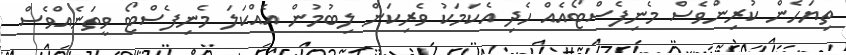
ތިޔަހެން ކުރިންވެސް މެނިފެސްޓޯއެއް ހެދި އެކަމަކު ވެރިކަން ލިބުމުން އެއްކަލަ މެނިފެސްޓޯ ވީތަނެއްވެސް